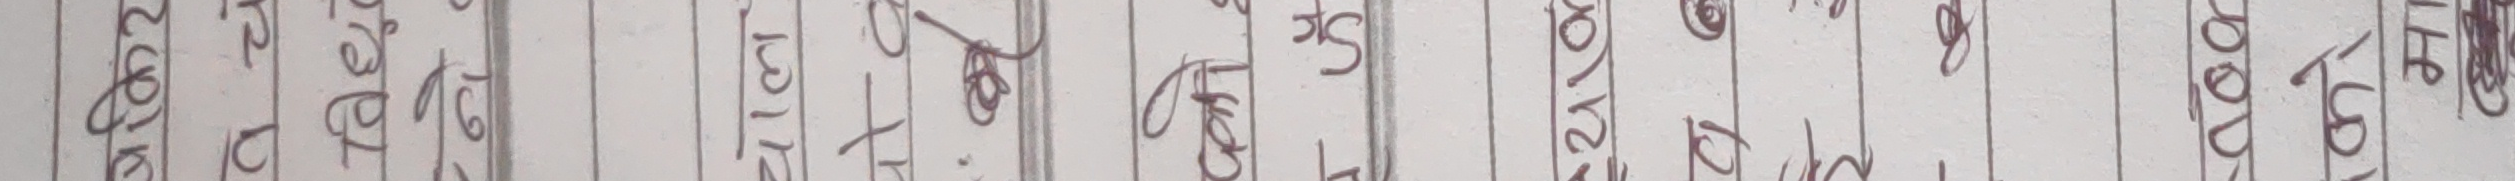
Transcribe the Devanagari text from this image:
र२८टाईयोपुजमानेपली
ख२०४अधनिकतारुकाको
इ३२महिलासंघाकोप्रमुख
घ३०५नेपालीकाग्रामिणबि
च३२६बरिष्ठनागरिककाला
छ२४७अध्यक्षमानअधिकार
ज२५८संसदसहनभुक्तका
झ२७९राजनीतिकपार्टीकाके
ञ३०१शिक्षावातारणप्रदूष
ट३१२नावारिसनिकाकोप्रश्न
ठ३५३वनवातावरणसर
ड२५४पछिल्लोबजेटकोबारे
ढ१००५आबासरपुनराबास्यो
ण१२६मजदुरकासमस्याकोवि
त२८७जन्मदर्तासिफारिसको
थ३५८राष्ट्रपतिाविदेशभ्रम